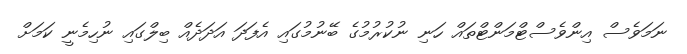
ނަމަވެސް އިންވެސްޓްމަންޓްތައް ހަނި ނުކުރުމުގެ ބޭނުމުގައި އެފަދަ އަދަދެއް ބިލްގައި ނުހިމެނީ ކަމަށް